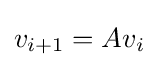
v_{i+1}=Av_{i}